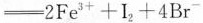
$$\xlongequal [] {}2Fe_{3}++I_{2}+4Br^{-}$$